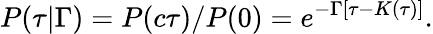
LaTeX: P(\tau\vert\Gamma)=P(c\tau)/P(0)=e^{-\Gamma[\tau-K(\tau)]}.